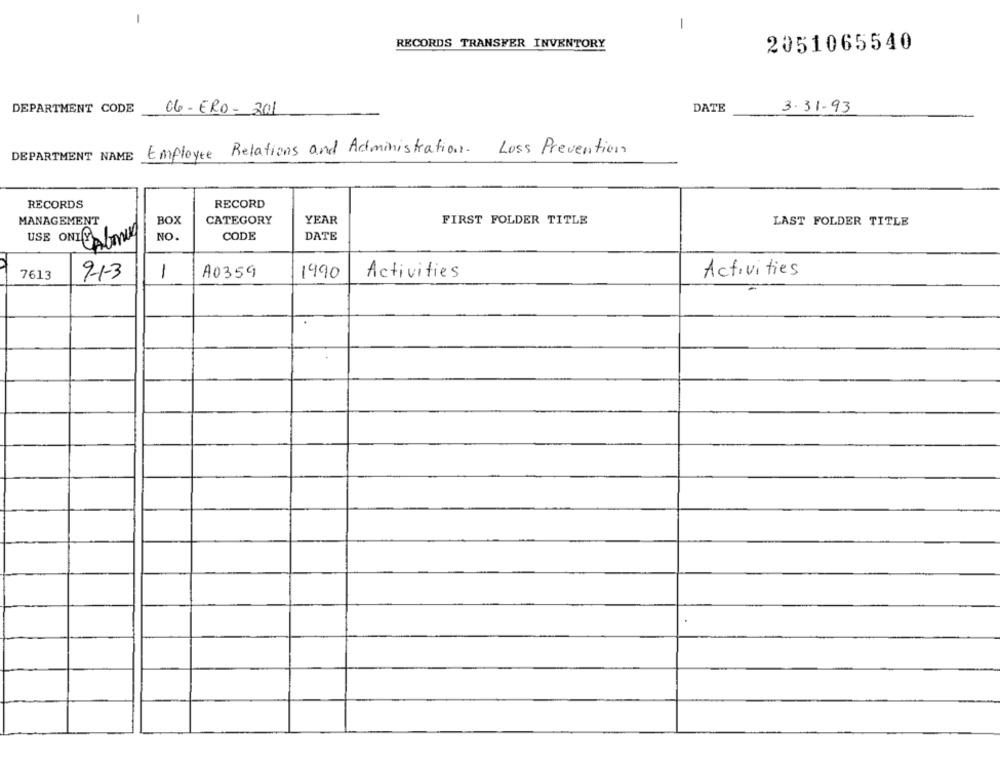
-
-
RECORDS TRANSFER INVENTORY
2051065540
3.31.93
DEPARTMENT CODE
06-ERO- 201
DATE
Employee Relations and Administration
Loss Prevention
DEPARTMENT NAME
RECORDS
RECORD
MANAGEMENT
BOX
CATEGORY
YEAR
FIRST FOLDER TITLE
LAST FOLDER TITLE
USE ONLY
NO.
CODE
DATE
7613
9-1-3
1
A0359
1990
Activities
Activities